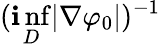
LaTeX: (\operatorname*{\mathbf{i}nf}_{D}|\nabla\varphi_{0}|)^{-1}